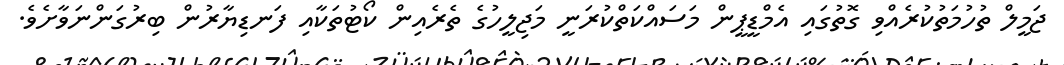
ޖަމީލް ތުހުމަތުކުރެއްވި ގޮތުގައި އެމްޑީޕީން މަސައްކަތްކުރަނީ މަޖިލީހުގެ ތެރެއިން ކޯޓުތަކާއި ފަނޑިޔާރުން ބިރުގަންނަވާށެވެ.